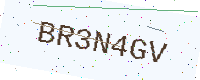
Text: BR3N4GV